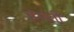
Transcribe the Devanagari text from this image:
हेमंती